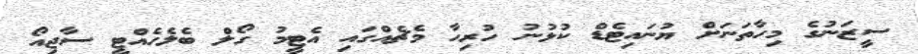
ސީޒަނުގެ މިހާތަނަށް ޔުނައިޓެޑް ކުޅުނު ހުރިހާ މެޗެއްގައި އެޓީމު ގޯލް ބެލެހެއްޓީ ސާޖިއޯ